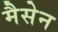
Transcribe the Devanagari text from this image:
मैसेन